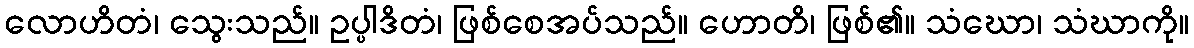
လောဟိတံ၊ သွေးသည်။ ဥပ္ပါဒိတံ၊ ဖြစ်စေအပ်သည်။ ဟောတိ၊ ဖြစ်၏။ သံဃော၊ သံဃာကို။